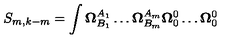
S _ { m , k - m } = \int \mathbf { \Omega } _ { B _ { 1 } } ^ { A _ { 1 } } \ldots \mathbf { \Omega } _ { B _ { m } } ^ { A _ { m } } \mathbf { \Omega } _ { 0 } ^ { 0 } \ldots \mathbf { \Omega } _ { 0 } ^ { 0 }